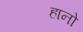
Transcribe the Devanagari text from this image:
हानो